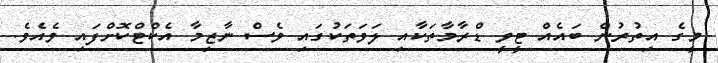
މީގެ އިތުރުން ބައެއް ޓީވީ ޑްރާމާތަކާއި ލަވަތަކުގައި ވެސް ނާޒިމާ އެކްޓްކޮށްފައި ވެއެވެ.